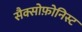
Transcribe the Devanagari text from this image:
सैक्सोफ़ोनिस्ट